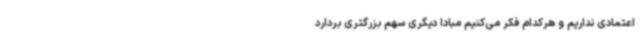
اعتمادی نداریم و هرکدام فکر می‌کنیم مبادا دیگری سهم بزرگتری بردارد